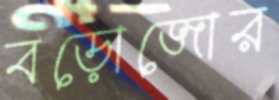
বড়োজোর